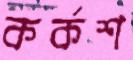
কর্কশ